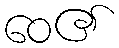
ဝေ၏